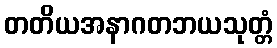
တတိယအနာဂတဘယသုတ္တံ